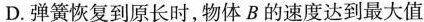
D.弹簧恢复到原长时，物体B的速度达到最大值